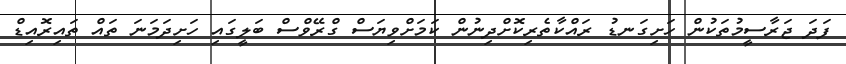
ފަދަ ޖަރާސީމުތަކުން ހަށިގަނޑު ރައްކާތެރިކޮށްދިނުން ކަމަށްވިޔަސް ގްރޭވްސް ބަލީގައި ހަށިދަމަނަ ތައް ތައިރޮއިޑް